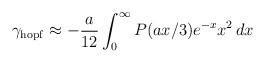
LaTeX: \begin{align*}\gamma_{\rm hopf}\approx-\frac{a}{12}\int_0^\infty P(ax/3)e^{-x}x^2\,dx\end{align*}